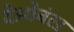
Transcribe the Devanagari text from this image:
देओबंस